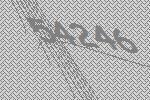
54246